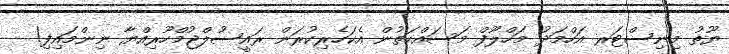
ޔޫތު މިނިސްޓަރ އަހްމަދު މަހްލޫފް މަސައްކަތުން އެކަހެރިކުރަން ރައީސުލްޖުމްހޫރިއްޔާ ނިންމައިފި!